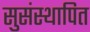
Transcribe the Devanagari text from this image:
सुसंस्थापित